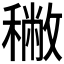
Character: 𥢭